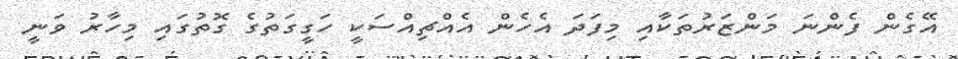
އޭގެން ފެންނަ މަންޒަރުތަކާއި މިފަދަ އެހެން އެއްޗިއްސަކީ ހަގީގަތުގެ ގޮތުގައި މިހާރު ވަނީ